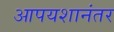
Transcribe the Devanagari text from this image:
आपयशानंतर